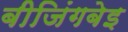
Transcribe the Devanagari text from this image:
बीजिंगबेइ